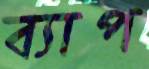
ব্যাপ